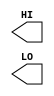
/**
 * Copyright 2020 The SkyWater PDK Authors
 *
 * Licensed under the Apache License, Version 2.0 (the "License");
 * you may not use this file except in compliance with the License.
 * You may obtain a copy of the License at
 *
 *     https://www.apache.org/licenses/LICENSE-2.0
 *
 * Unless required by applicable law or agreed to in writing, software
 * distributed under the License is distributed on an "AS IS" BASIS,
 * WITHOUT WARRANTIES OR CONDITIONS OF ANY KIND, either express or implied.
 * See the License for the specific language governing permissions and
 * limitations under the License.
 *
 * SPDX-License-Identifier: Apache-2.0
 */

`ifndef SKY130_FD_SC_MS__CONB_SYMBOL_V
`define SKY130_FD_SC_MS__CONB_SYMBOL_V

/**
 * conb: Constant value, low, high outputs.
 *
 * Verilog stub (without power pins) for graphical symbol definition
 * generation.
 *
 * WARNING: This file is autogenerated, do not modify directly!
 */

`timescale 1ns / 1ps
`default_nettype none

(* blackbox *)
module sky130_fd_sc_ms__conb (
    //# {{data|Data Signals}}
    output HI,
    output LO
);

    // Voltage supply signals
    supply1 VPWR;
    supply0 VGND;
    supply1 VPB ;
    supply0 VNB ;

endmodule

`default_nettype wire
`endif  // SKY130_FD_SC_MS__CONB_SYMBOL_V